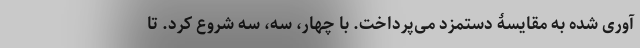
آوری شده به مقایسۀ دستمزد می‌پرداخت. با چهار، سه، سه شروع کرد. تا